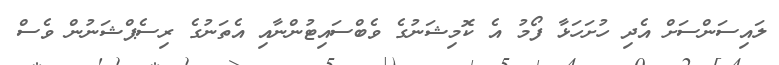
ލައިސަންސަށް އެދި ހުށަހަޅާ ފޯމު އެ ކޮމިޝަނުގެ ވެބްސައިޓުންނާއި އެތަނުގެ ރިސެޕްޝަނުން ވެސް